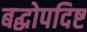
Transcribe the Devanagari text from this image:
बद्धोपदिष्ट